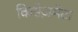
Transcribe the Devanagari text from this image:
किऐज़मेटा